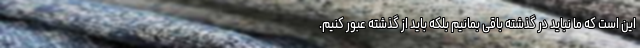
این است که ما نباید در گذشته باقی بمانیم بلکه باید از گذشته عبور کنیم.